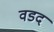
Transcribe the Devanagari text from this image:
वडद